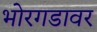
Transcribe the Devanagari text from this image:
भोरगडावर